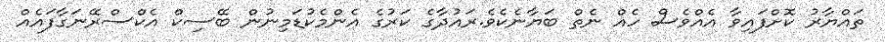
ތައްޔާރު ކޮށްފައިވާ އެއްވެސް ހެއް ނެތް ބަޔާނެކެވެ.ރައުދާގެ ކަރުގެ އެންމެކުޑަމިނުން ބޭސިކް އެކްސްރޭނަގާފައެއް